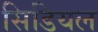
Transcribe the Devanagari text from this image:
सिडियल